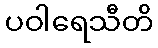
ပဝါရေသီတိ